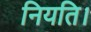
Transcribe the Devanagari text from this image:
नियति।